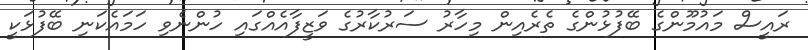
ރައީސް މައުމޫންގެ ބޭފުޅުންގެ ތެރެއިން މިހާރު ސަރުކާރުގެ ވަޒީފާއެއްގައި ހުންނެވި ހަމައެކަނި ބޭފުޅަކީ